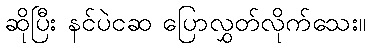
ဆိုပြီး နင်ပဲငဆ ပြောလွှတ်လိုက်သေး။